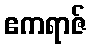
ဧကရာဇ်